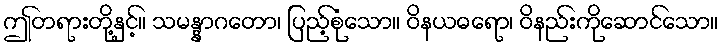
ဤတရားတို့နှင့်။ သမန္နာဂတော၊ ပြည့်စုံသော။ ဝိနယဓရော၊ ဝိနည်းကိုဆောင်သော။